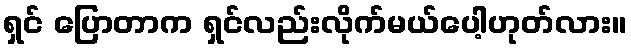
ရှင် ပြောတာက ရှင်လည်းလိုက်မယ်ပေါ့ဟုတ်လား။